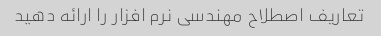
تعاریف اصطلاح مهندسی نرم افزار را ارائه دهید